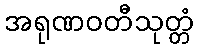
အရုဏဝတီသုတ္တံ